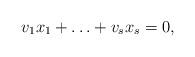
LaTeX: \begin{align*}v_1x_1 + \ldots + v_s x_s = 0,\end{align*}